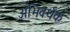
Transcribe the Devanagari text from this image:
अभिवर्धक